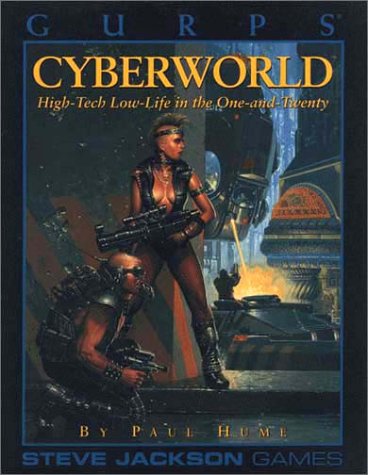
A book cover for Gurps Cyberworld: High-Tech Low-Life in the One-And-Twenty; Paul Hume; Science Fiction & Fantasy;